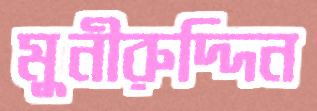
মুনীরুদ্দিন